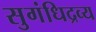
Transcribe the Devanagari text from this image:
सुगंधिद्रव्य